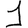
Digit: 1